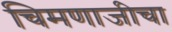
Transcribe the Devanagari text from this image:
चिमणाजीचा